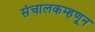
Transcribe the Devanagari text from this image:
संचालकम्हणून